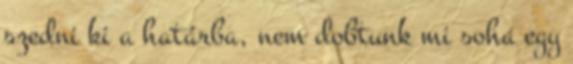
szedni ki a határba, nem dobtunk mi soha egy